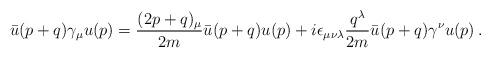
LaTeX: \begin{align*}\bar{u}(p+q) \gamma_{\mu} u(p)=\frac{(2p+q)_{\mu}}{2m} \bar{u} (p+q)u(p) +i \epsilon_{\mu \nu \lambda} \frac{q^{\lambda}}{2m} \bar{u}(p+q)\gamma^{\nu} u(p) \, .\end{align*}